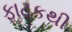
ફાટકથી